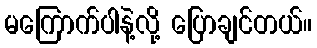
မကြောက်ပါနဲ့လို့ ပြောချင်တယ်။